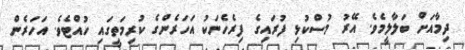
ދިމާއަށް ބަލާލީމެވެ. އޭރު މުސްކުޅި ފުރައިގެ ފިރެހެނަކު އަހަރެންގެ ކުރިމަތީގައި ހުއްޓެވެ. އަހަރެން